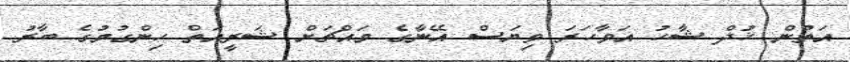
އަތުން ޚުދް ޝާހު އަވާހަރަ ވިޔަސް އޭނާގެ މައްޗަށް ޝަރީއަތް ހިންގުމުގެ ބާރު